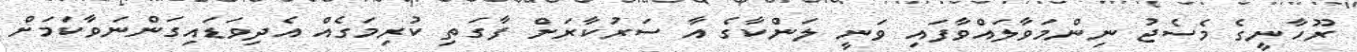
ރޫހާނީގެ މެސެޖު ނިންމަވާލައްވާފައި ވަނީ ލަންކާގެ އާ ސަރުކާރަށް ފާގަތި ކުރިމަގެއް އެދިވަޑައިގަންނަވާކަމަށް